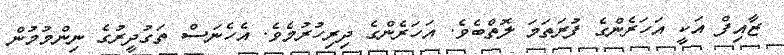
ޒާއިފް އަކީ އަހަރެންގެ ފުރަތަމަ ލޮތްބެވެ. އަހަރެންގެ ދިރިހުރުމެވެ. އެހެނަސް ތަގުދީރުގެ ނިންމުމުން